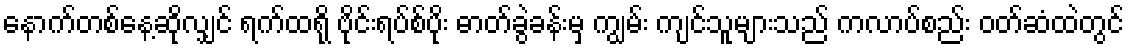
နောက်တစ်နေ့ဆိုလျှင် ရက်ထရို ဗိုင်းရပ်စ်ပိုး ဓာတ်ခွဲခန်းမှ ကျွမ်း ကျင်သူများသည် ကလာပ်စည်း ဝတ်ဆံထဲတွင်